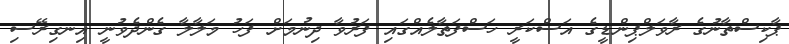
ޕާކިސްތާނުގެ ރާވަލްޕިންޑީގެ އަސްކަރީ ހަސްފަތާލެއްގައި ފަރުވާ ދިނުމަށް ފަހު މަލާލާ ގެންދެވުނީ އިނގިރޭސި